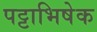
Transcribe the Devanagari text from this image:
पट्टाभिषेक